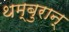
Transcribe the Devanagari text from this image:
थम्बुरान्